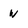
Character: w